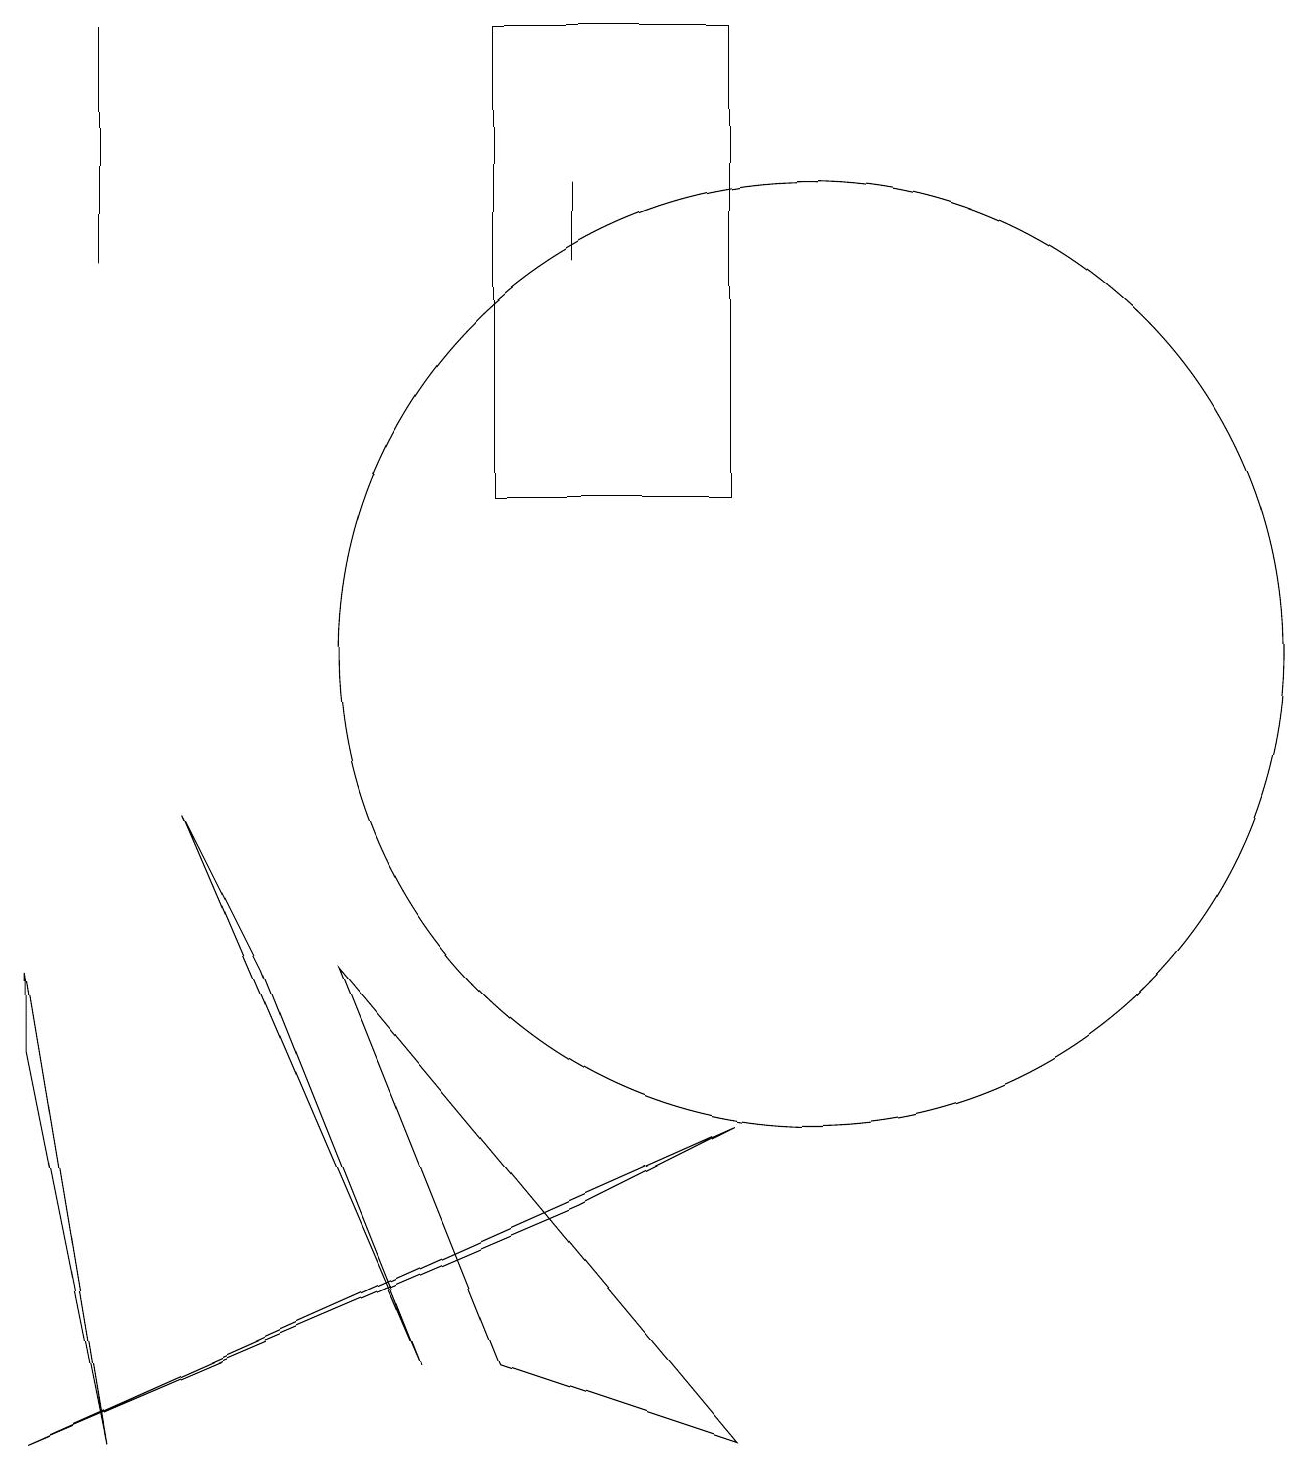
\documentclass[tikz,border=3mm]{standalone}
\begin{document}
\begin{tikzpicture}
\draw (6,2) -- (9,1) -- (4,7) -- cycle;
\draw (9,19) rectangle (6,13);
\draw (5,2) -- (2,9) -- (3,7) -- cycle;
\draw (10,11) circle (6);
\draw (7,17) rectangle (7,16);
\draw (7,4) -- (0,1) -- (9,5) -- cycle;
\draw (1,16) rectangle (1,19);
\draw (0,6) -- (1,1) -- (0,7) -- cycle;
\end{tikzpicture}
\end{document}